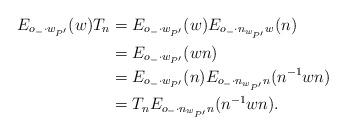
LaTeX: \begin{align*}E_{o_-\cdot w_{P'}}(w)T_n & = E_{o_-\cdot w_{P'}}(w)E_{o_-\cdot n_{w_{P'}}w}(n)\\& = E_{o_-\cdot w_{P'}}(wn)\\& = E_{o_-\cdot w_{P'}}(n)E_{o_-\cdot n_{w_{P'}}n}(n^{-1}wn)\\& = T_nE_{o_-\cdot n_{w_{P'}}n}(n^{-1}wn).\end{align*}